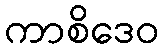
ကာစိဒေဝ